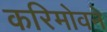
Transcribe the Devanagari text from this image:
करिमोवने